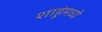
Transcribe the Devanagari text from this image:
शाहूंमध्ये